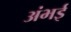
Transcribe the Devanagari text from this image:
अंभई